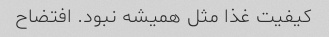
کیفیت غذا مثل همیشه نبود. افتضاح